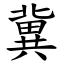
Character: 冀